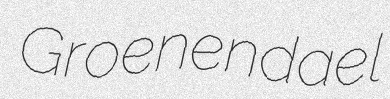
Groenendael